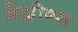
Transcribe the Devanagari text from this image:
मेग्नोन्स